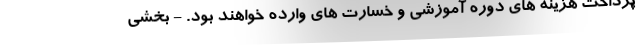
پرداخت هزینه های دوره آموزشی و خسارت های وارده خواهند بود. - بخشی